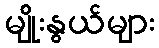
မျိုးနွယ်များ